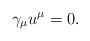
LaTeX: \begin{align*}\gamma_\mu u^\mu = 0 .\end{align*}